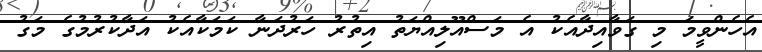
އެހެންވީމަ މި ގަވާއިދާއެކު އެ މަސްއޫލިއްޔަތު އިތުރު ހަރުދަނާ ކަމަކާއެކު އަދާކުރުމުގެ މަގު